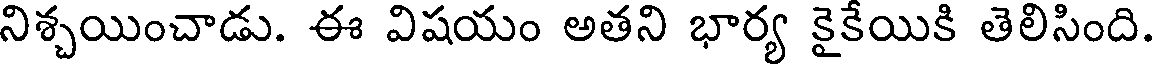
నిశ్చయించాడు. ఈ విషయం అతని భార్య కైకేయికి తెలిసింది.